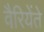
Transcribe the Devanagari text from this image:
वैरियेंते